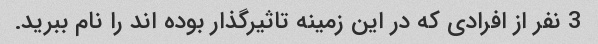
3 نفر از افرادی که در این زمینه تاثیرگذار بوده اند را نام ببرید.